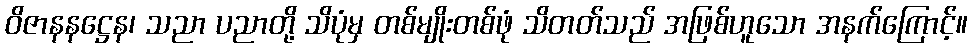
ဝိဇာနနဋ္ဌေန၊ သညာ ပညာတို့ သိပုံမှ တစ်မျိုးတစ်ဖုံ သိတတ်သည် အဖြစ်ဟူသော အနက်ကြောင့်။